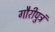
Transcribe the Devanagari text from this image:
गौरीपुत्रं